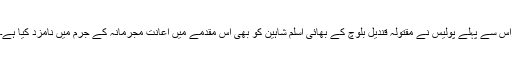
اس سے پہلے پولیس نے مقتولہ قندیل بلوچ کے بھائی اسلم شاہین کو بھی اس مقدمے میں اعانت مجرمانہ کے جرم میں نامزد کیا ہے۔